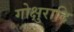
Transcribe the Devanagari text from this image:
गोक्षुरादि